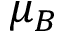
\mu _ { B }